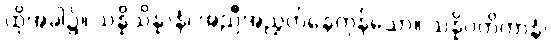
ထိုအခါ၌။ သန္နိသိန္နာနံ၊ အညီအညွတ်နေကုန်သော။ သန္နိပတိတာနံ၊